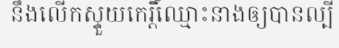
នឹងលើកស្ទួយកេរ្តិ៍ឈ្មោះនាងឲ្យបានល្បី